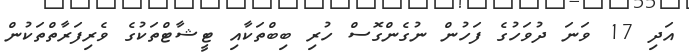
އަދި 17 ވަނަ ދުވަހުގެ ފަހުން ނުގެންގޮސް ހުރި ބިބްތަކާއި ޓީޝާޓްތަކުގެ ވެރިފަރާތްތަކުން